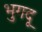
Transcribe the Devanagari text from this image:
भुगदू